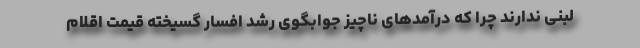
لبنی ندارند چرا که درآمدهای ناچیز جوابگوی رشد افسار گسیخته قیمت اقلام